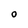
Character: O